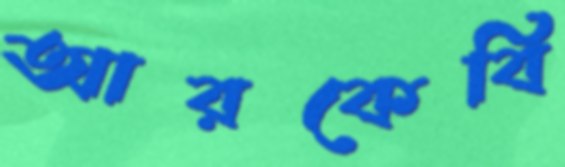
আরকেবি